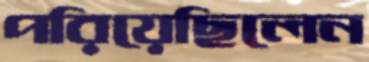
পরিয়েছিলেন